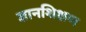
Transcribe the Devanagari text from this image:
ज्ञानशिक्षण